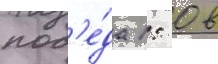
поб'е́да 1: 0 в